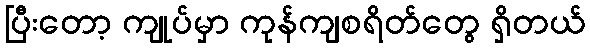
ပြီးတော့ ကျုပ်မှာ ကုန်ကျစရိတ်တွေ ရှိတယ်